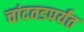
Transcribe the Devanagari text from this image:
चांदवडपर्यंत